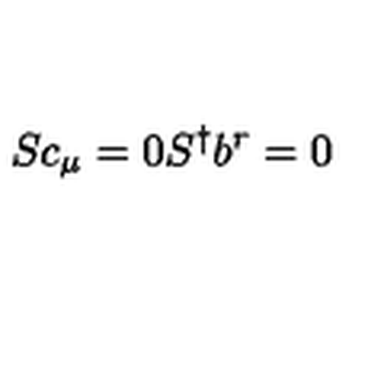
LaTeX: S c _ { \mu } = 0 S ^ { \dagger } b ^ { r } = 0